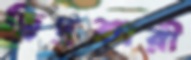
ছিদ্রকারী